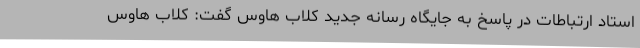
استاد ارتباطات در پاسخ به جایگاه رسانه جدید کلاب هاوس گفت: کلاب هاوس